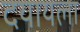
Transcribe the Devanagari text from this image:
दयायला